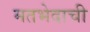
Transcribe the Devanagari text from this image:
मतभेदाची